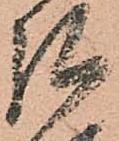
弘